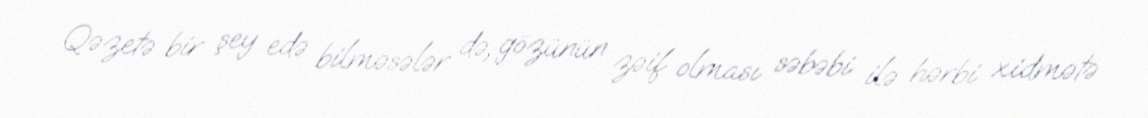
Qəzetə bir şey edə bilməsələr də, gözünün zəif olması səbəbi ilə hərbi xidmətə